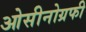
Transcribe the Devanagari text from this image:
ओसीनोग्रफी